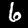
Digit: 6